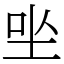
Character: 㘴